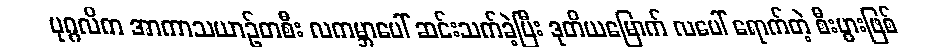
ပုဂ္ဂလိက အာကာသယာဉ်တစီး လကမ္ဘာပေါ် ဆင်းသက်ခဲ့ပြီး ဒုတိယမြောက် လပေါ် ရောက်တဲ့ စီးပွားဖြစ်